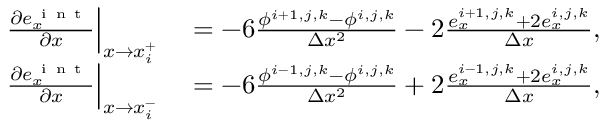
\begin{array} { r l } { \left. \frac { \partial e _ { x } ^ { \mathrm { ~ i ~ n ~ t ~ } } } { \partial x } \right| _ { x \to x _ { i } ^ { + } } } & { { } = - 6 \frac { \phi ^ { i + 1 , j , k } - \phi ^ { i , j , k } } { \Delta x ^ { 2 } } - 2 \frac { e _ { x } ^ { i + 1 , j , k } + 2 e _ { x } ^ { i , j , k } } { \Delta x } , } \\ { \left. \frac { \partial e _ { x } ^ { \mathrm { ~ i ~ n ~ t ~ } } } { \partial x } \right| _ { x \to x _ { i } ^ { - } } } & { { } = - 6 \frac { \phi ^ { i - 1 , j , k } - \phi ^ { i , j , k } } { \Delta x ^ { 2 } } + 2 \frac { e _ { x } ^ { i - 1 , j , k } + 2 e _ { x } ^ { i , j , k } } { \Delta x } , } \end{array}